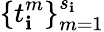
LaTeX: \{ t_{\mathbf{i}}^{m}\} _{m=1}^{s_{\mathbf{i}}}